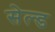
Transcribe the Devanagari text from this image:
सेल्ड